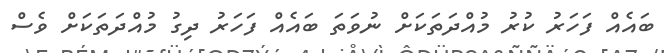
ބައެއް ފަހަރު ކުރު މުއްދަތަކަށް ނުވަތަ ބައެއް ފަހަރު ދިގު މުއްދަތަކަށް ވެސް